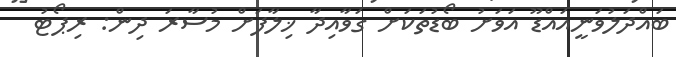
ބައްދަލުވަނީއައްޑޫ އަވަށު ބޯޑުތަކަށް ގަވާއިދާ ޚިލާފަށް މުސާރަ ދިން: ރިޕޯޓު